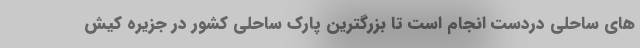
های ساحلی دردست انجام است تا بزرگترین پارک ساحلی کشور در جزیره کیش